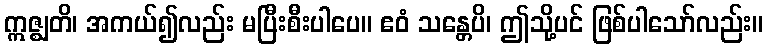
ဣဇ္ဈတိ၊ အကယ်၍လည်း မပြီးစီးပါပေ။ ဧဝံ သန္တေပိ၊ ဤသို့ပင် ဖြစ်ပါသော်လည်း။